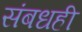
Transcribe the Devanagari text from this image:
संबधही